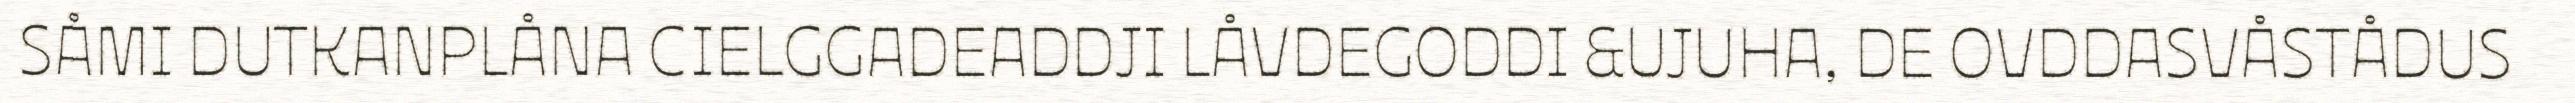
SÅMI DUTKANPLÅNA CIELGGADEADDJI LÅVDEGODDI &UJUHA, DE OVDDASVÅSTÅDUS